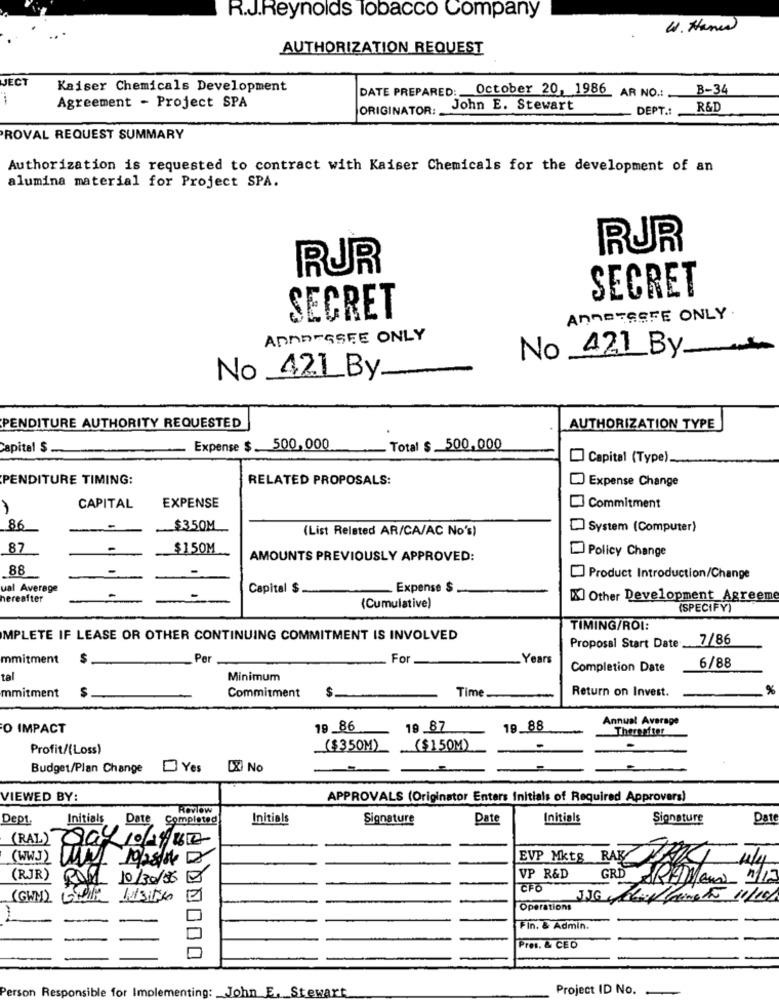
R.J.Reynolds Tobacco Company
W. Hanw
AUTHORIZATION REQUEST
JECT
Kaiser Chemicals Development
B-34
DATE PREPARED: October 20, 1986 AR NO .: .
Agreement - Project SPA
ORIGINATOR:
John E. Stewart
DEPT .:
R&D
ROVAL REQUEST SUMMARY
Authorization is requested to contract with Kaiser Chemicals for the development of an
alumina material for Project SPA.
RUR
RUR
SECRET
SECRET
ANNATEEFE ONLY
ADMDESSFE ONLY
No 421 By
No _421By.
PENDITURE AUTHORITY REQUESTED
AUTHORIZATION TYPE
capital $
Expense $. 500,000
. Total $ 500,000
Capital (Type).
PENDITURE TIMING:
RELATED PROPOSALS:
Expense Change
CAPITAL
EXPENSE
Commitment
86
$350M
(List Related AR/CA/AC No's)
System (Computer)
87
$150M
Policy Change
AMOUNTS PREVIOUSLY APPROVED:
88
Product Introduction/Change
ual Average
Capital $
Expense $
hereafter
X] Other Development_Agreeme
(Cumulative)
(SPECIFY)
TIMING/ROI:
MPLETE IF LEASE OR OTHER CONTINUING COMMITMENT IS INVOLVED
7/86
Proposal Start Date_
mmitment
$
Per
For
Years
Completion Date
6/88
tal
Minimum
$
$
Return on Invest.
%
mmitment
Commitment
Time
Annual Average
O IMPACT
19 86
19 87
19.88
Thereafter
Profit/(Loss)
($350M)
($150M)
Budget/Plan Change
Yes
DX) No
VIEWED BY:
APPROVALS (Originator Enters initials of Required Approvers)
Review
Dept.
Initials
Date Completed
Initials
Signature
Date
Initials
Signature
Date
(RAL)
(WW.J)
WIN 10/28/14
(RJR) ROM 10/30/86 2
VP R&D
GRD RAMAND 1/12
CFO
(GWM) Sie Just6
JAG MuyCarnets 11/16/
Operations
Fin. & Admin.
00
Pres. & CED
Person Responsible for Implementing: John E, Stewart
Project ID No.